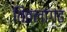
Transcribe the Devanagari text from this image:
तितलागढ़